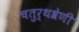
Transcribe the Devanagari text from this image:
चतुर्थश्रेणी